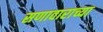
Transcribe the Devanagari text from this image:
सणावाराच्या